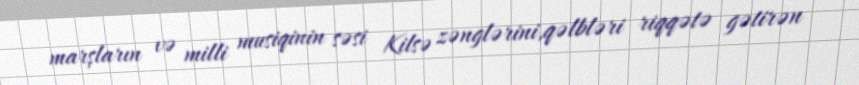
marşların və milli musiqinin səsi Kilsə zənglərini,qəlbləri riqqətə gətirən